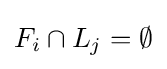
F_{i}\cap L_{j}=\emptyset